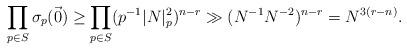
LaTeX: \begin{align*}\prod_{p\in S} \sigma_p(\vec{0}) \geq \prod_{ p\in S}(p^{-1}|N|_p^2)^{n-r}\gg (N^{-1}N^{-2})^{n-r}=N^{3(r-n)}.\end{align*}